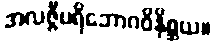
အလဇ္ဇီပရိဘောဂဝိနိစ္ဆယ။